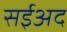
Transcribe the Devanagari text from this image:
सईअद